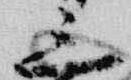
三